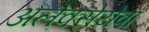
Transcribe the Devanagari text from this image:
अलेक्सेयेवा